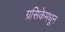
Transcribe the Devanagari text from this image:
ग्रसिकेमधून